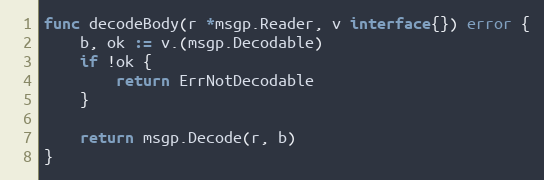
Language: Go
func decodeBody(r *msgp.Reader, v interface{}) error {
	b, ok := v.(msgp.Decodable)
	if !ok {
		return ErrNotDecodable
	}

	return msgp.Decode(r, b)
}